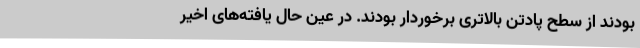
بودند از سطح پادتن بالاتری برخوردار بودند. در عین حال یافته‌های اخیر